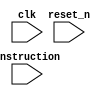
module instruction_fetch_unit (
    input [31:0] instruction,
    input clk,
    input reset_n
);

  reg [31:0] instr_i;

  // Decode instructions on separate wires
  wire LUI = (instr_i[6:0] == 0110111);

  // Clock the incoming instruction in
  always @(posedge clk) begin
    if (!reset_n) begin
      instr_i <= 'h00;
    end else begin
      instr_i <= instruction;
    end
  end

endmodule